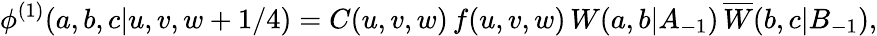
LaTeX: \phi^{(1)}(a,b,c|u,v,w+1/4)=C(u,v,w)\, f(u,v,w)\, W(a,b|A_{-1})\, \overline{{{W}}}(b,c|B_{-1}),